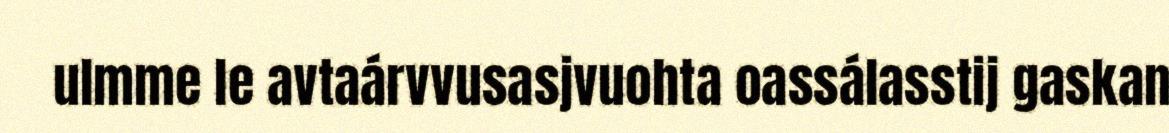
ulmme le avtaárvvusasjvuohta oassálasstij gaskan